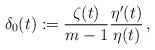
LaTeX: \begin{align*}\delta_0(t):= \frac{\zeta(t)}{m-1}\frac{\eta'(t)}{\eta(t)}\,,\end{align*}